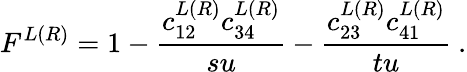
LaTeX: F^{L(R)}=1-{\frac{c_{12}^{L(R)}c_{34}^{L(R)}}{su}}-{\frac{c_{23}^{L(R)}c_{41}^{L(R)}}{tu}}\ .